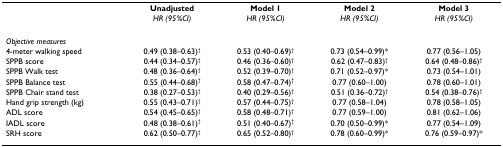
<table><thead><tr><td></td><td><b>Unadjusted</b></td><td><b>Model 1</b></td><td><b>Model 2</b></td><td><b>Model 3</b></td></tr><tr><td></td><td><b><i>HR (95%CI)</i></b></td><td><b><i>HR (95%CI)</i></b></td><td><b><i>HR (95%CI)</i></b></td><td><b><i>HR (95%CI)</i></b></td></tr></thead><tbody><tr><td><i>Objective measures</i></td><td></td><td></td><td></td><td></td></tr><tr><td>4-meter walking speed</td><td>0.49 (0.38–0.63)<sup>†</sup></td><td>0.53 (0.40–0.69)<sup>†</sup></td><td>0.73 (0.54–0.99)*</td><td>0.77 (0.56–1.05)</td></tr><tr><td>SPPB score</td><td>0.44 (0.34–0.57)<sup>†</sup></td><td>0.46 (0.36–0.60)<sup>†</sup></td><td>0.62 (0.47–0.83)<sup>†</sup></td><td>0.64 (0.48–0.86)<sup>†</sup></td></tr><tr><td>SPPB Walk test</td><td>0.48 (0.36–0.64)<sup>†</sup></td><td>0.52 (0.39–0.70)<sup>†</sup></td><td>0.71 (0.52–0.97)*</td><td>0.73 (0.54–1.01)</td></tr><tr><td>SPPB Balance test</td><td>0.55 (0.44–0.68)<sup>†</sup></td><td>0.58 (0.47–0.74)<sup>†</sup></td><td>0.77 (0.60–1.00)</td><td>0.78 (0.60–1.01)</td></tr><tr><td>SPPB Chair stand test</td><td>0.38 (0.27–0.53)<sup>†</sup></td><td>0.40 (0.29–0.56)<sup>†</sup></td><td>0.51 (0.36–0.72)<sup>†</sup></td><td>0.54 (0.38–0.76)<sup>†</sup></td></tr><tr><td>Hand grip strength (kg)</td><td>0.55 (0.43–0.71)<sup>†</sup></td><td>0.57 (0.44–0.75)<sup>†</sup></td><td>0.77 (0.58–1.04)</td><td>0.78 (0.58–1.05)</td></tr><tr><td>ADL score</td><td>0.54 (0.45–0.65)<sup>†</sup></td><td>0.58 (0.48–0.71)<sup>†</sup></td><td>0.77 (0.59–1.00)</td><td>0.81 (0.62–1.06)</td></tr><tr><td>IADL score</td><td>0.48 (0.38–0.61)<sup>†</sup></td><td>0.51 (0.40–0.67)<sup>†</sup></td><td>0.70 (0.50–0.99)*</td><td>0.77 (0.54–1.09)</td></tr><tr><td>SRH score</td><td>0.62 (0.50–0.77)<sup>†</sup></td><td>0.65 (0.52–0.80)<sup>†</sup></td><td>0.78 (0.60–0.99)*</td><td>0.76 (0.59–0.97)*</td></tr></tbody></table>